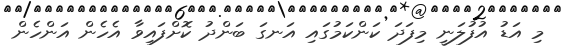
މި އަޑު އުފުލަނީ މިފަދަ ކަންކަމުގައި އަނގަ ބަންދު ކޮށްފައިވާ އެހެން އަންހެން